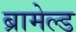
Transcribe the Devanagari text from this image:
ब्रामेल्ड